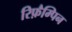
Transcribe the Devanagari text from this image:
रिफ़ैम्पिन